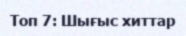
Топ 7: Шығыс хиттар